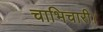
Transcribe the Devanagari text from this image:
चाभिचारी।